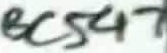
Text: BC547